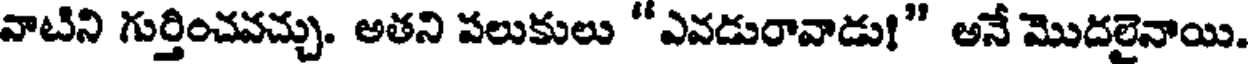
వాటిని గుర్తించవచ్చు. అతని పలుకులు "ఎవడురావాడు!" అనే మొదలైనాయి.